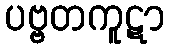
ပဗ္ဗတကူဋာ